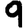
Digit: 9